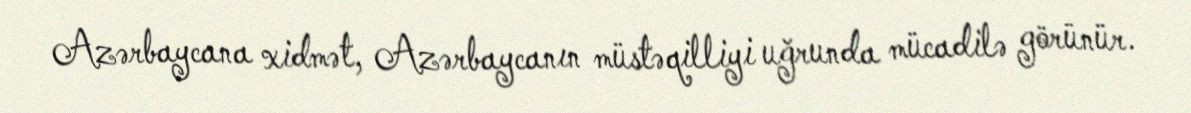
Azərbaycana xidmət, Azərbaycanın müstəqilliyi uğrunda mücadilə görünür.